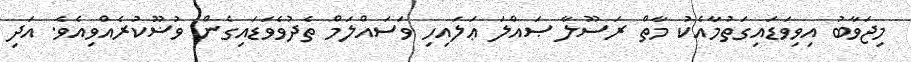
މިޖަވާބު އިވިވަޑައިގަތުމާއެކު މާތް ރަސޫލާ ޞައްލަ ޢަލައިހި ވަސައްލަމް ތެދުވެވަޑައިގެން ވުޟޫކުރެއްވިއެވެ. އަދި